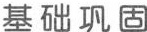
基础巩固